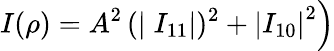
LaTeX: \left.I(\rho)=A^{2}\left(\mid I_{11}\right|)^{2}+\left|I_{10}\right|^{2}\right)